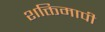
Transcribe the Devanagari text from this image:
शक्तिमापी